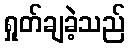
ရှုတ်ချခဲ့သည်